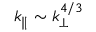
k _ { \parallel } \sim k _ { \perp } ^ { 4 / 3 }